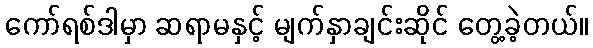
ကော်ရစ်ဒါမှာ ဆရာမနှင့် မျက်နှာချင်းဆိုင် တွေ့ခဲ့တယ်။